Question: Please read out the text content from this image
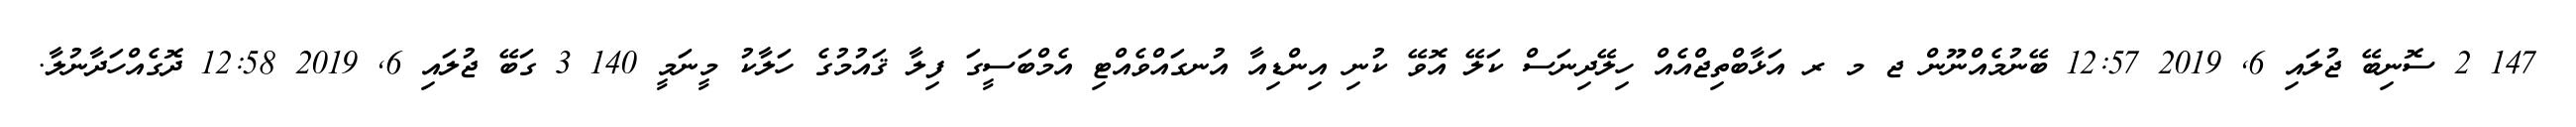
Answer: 147 2 ސޮނިބޭ ޖުލައި 6, 2019 12:57 ބޭނުމެއްނޫން ޖ މ ރ އަޅާބްތިޖްއެއް ހިލޭދިނަސް ކަލޭ އޮވޭ ކުނި އިންޑިއާ އުނގައްވެއްޓި އެމްބަސީގަ ފިލާ ޤައުމުގެ ހަލާކު މީނަމީ 140 3 ގަބޭ ޖުލައި 6, 2019 12:58 ދޮގެއްހަދާނުލާ.